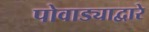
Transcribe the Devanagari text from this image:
पोवाड्याद्वारे